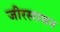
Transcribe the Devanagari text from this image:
जीरसायन